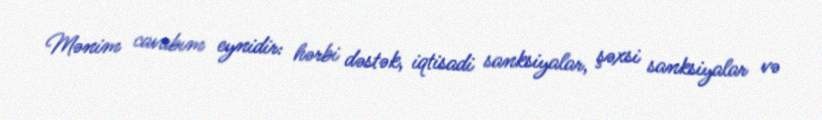
Mənim cavabım eynidir: hərbi dəstək, iqtisadi sanksiyalar, şəxsi sanksiyalar və